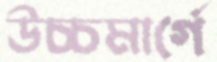
উচ্চমার্গে